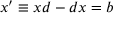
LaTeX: x ^ { \prime } \equiv x d - d x = b